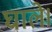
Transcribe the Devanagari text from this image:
घाले।